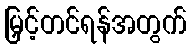
မြှင့်တင်ရန်အတွက်